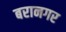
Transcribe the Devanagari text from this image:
बरानगर